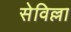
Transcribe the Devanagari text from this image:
सेविल्ला